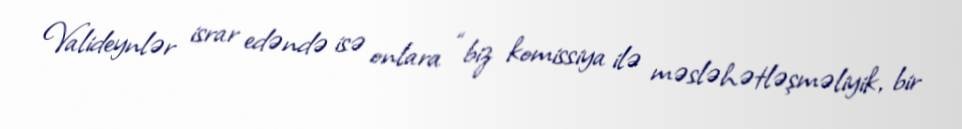
Valideynlər israr edəndə isə onlara “biz komissiya ilə məsləhətləşməliyik, bir